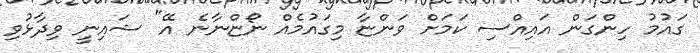
ގައުމު ހިންގަން އައިއްސި ކަމަށް ވަންޏާ މިގައުމެއް ނޯޏްނާނެ އޭ" ޝައިނީ ވިދާޅުވި